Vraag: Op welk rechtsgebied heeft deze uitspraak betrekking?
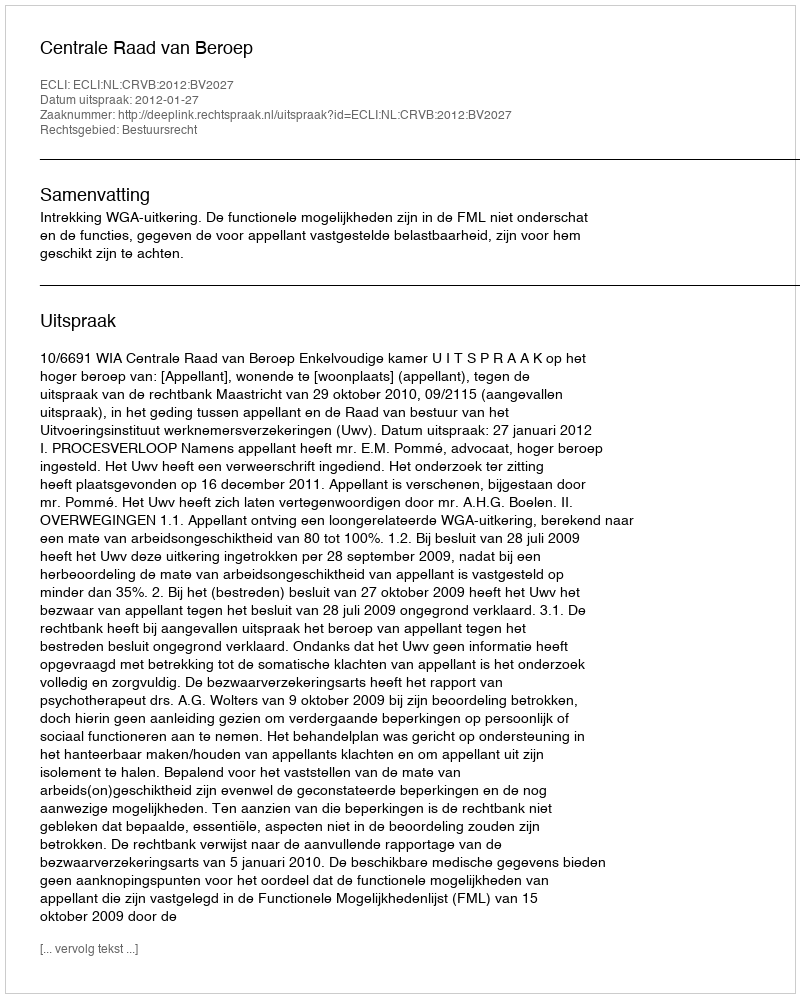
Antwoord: Bestuursrecht